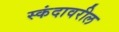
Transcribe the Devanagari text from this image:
स्कंदावरील